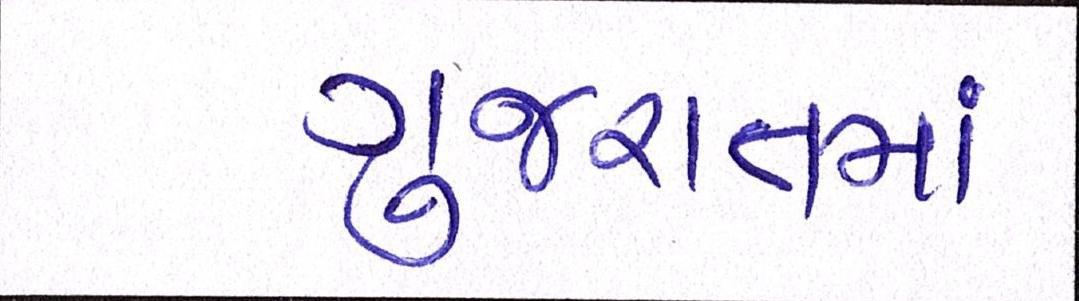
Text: ગુજરાતીમાં